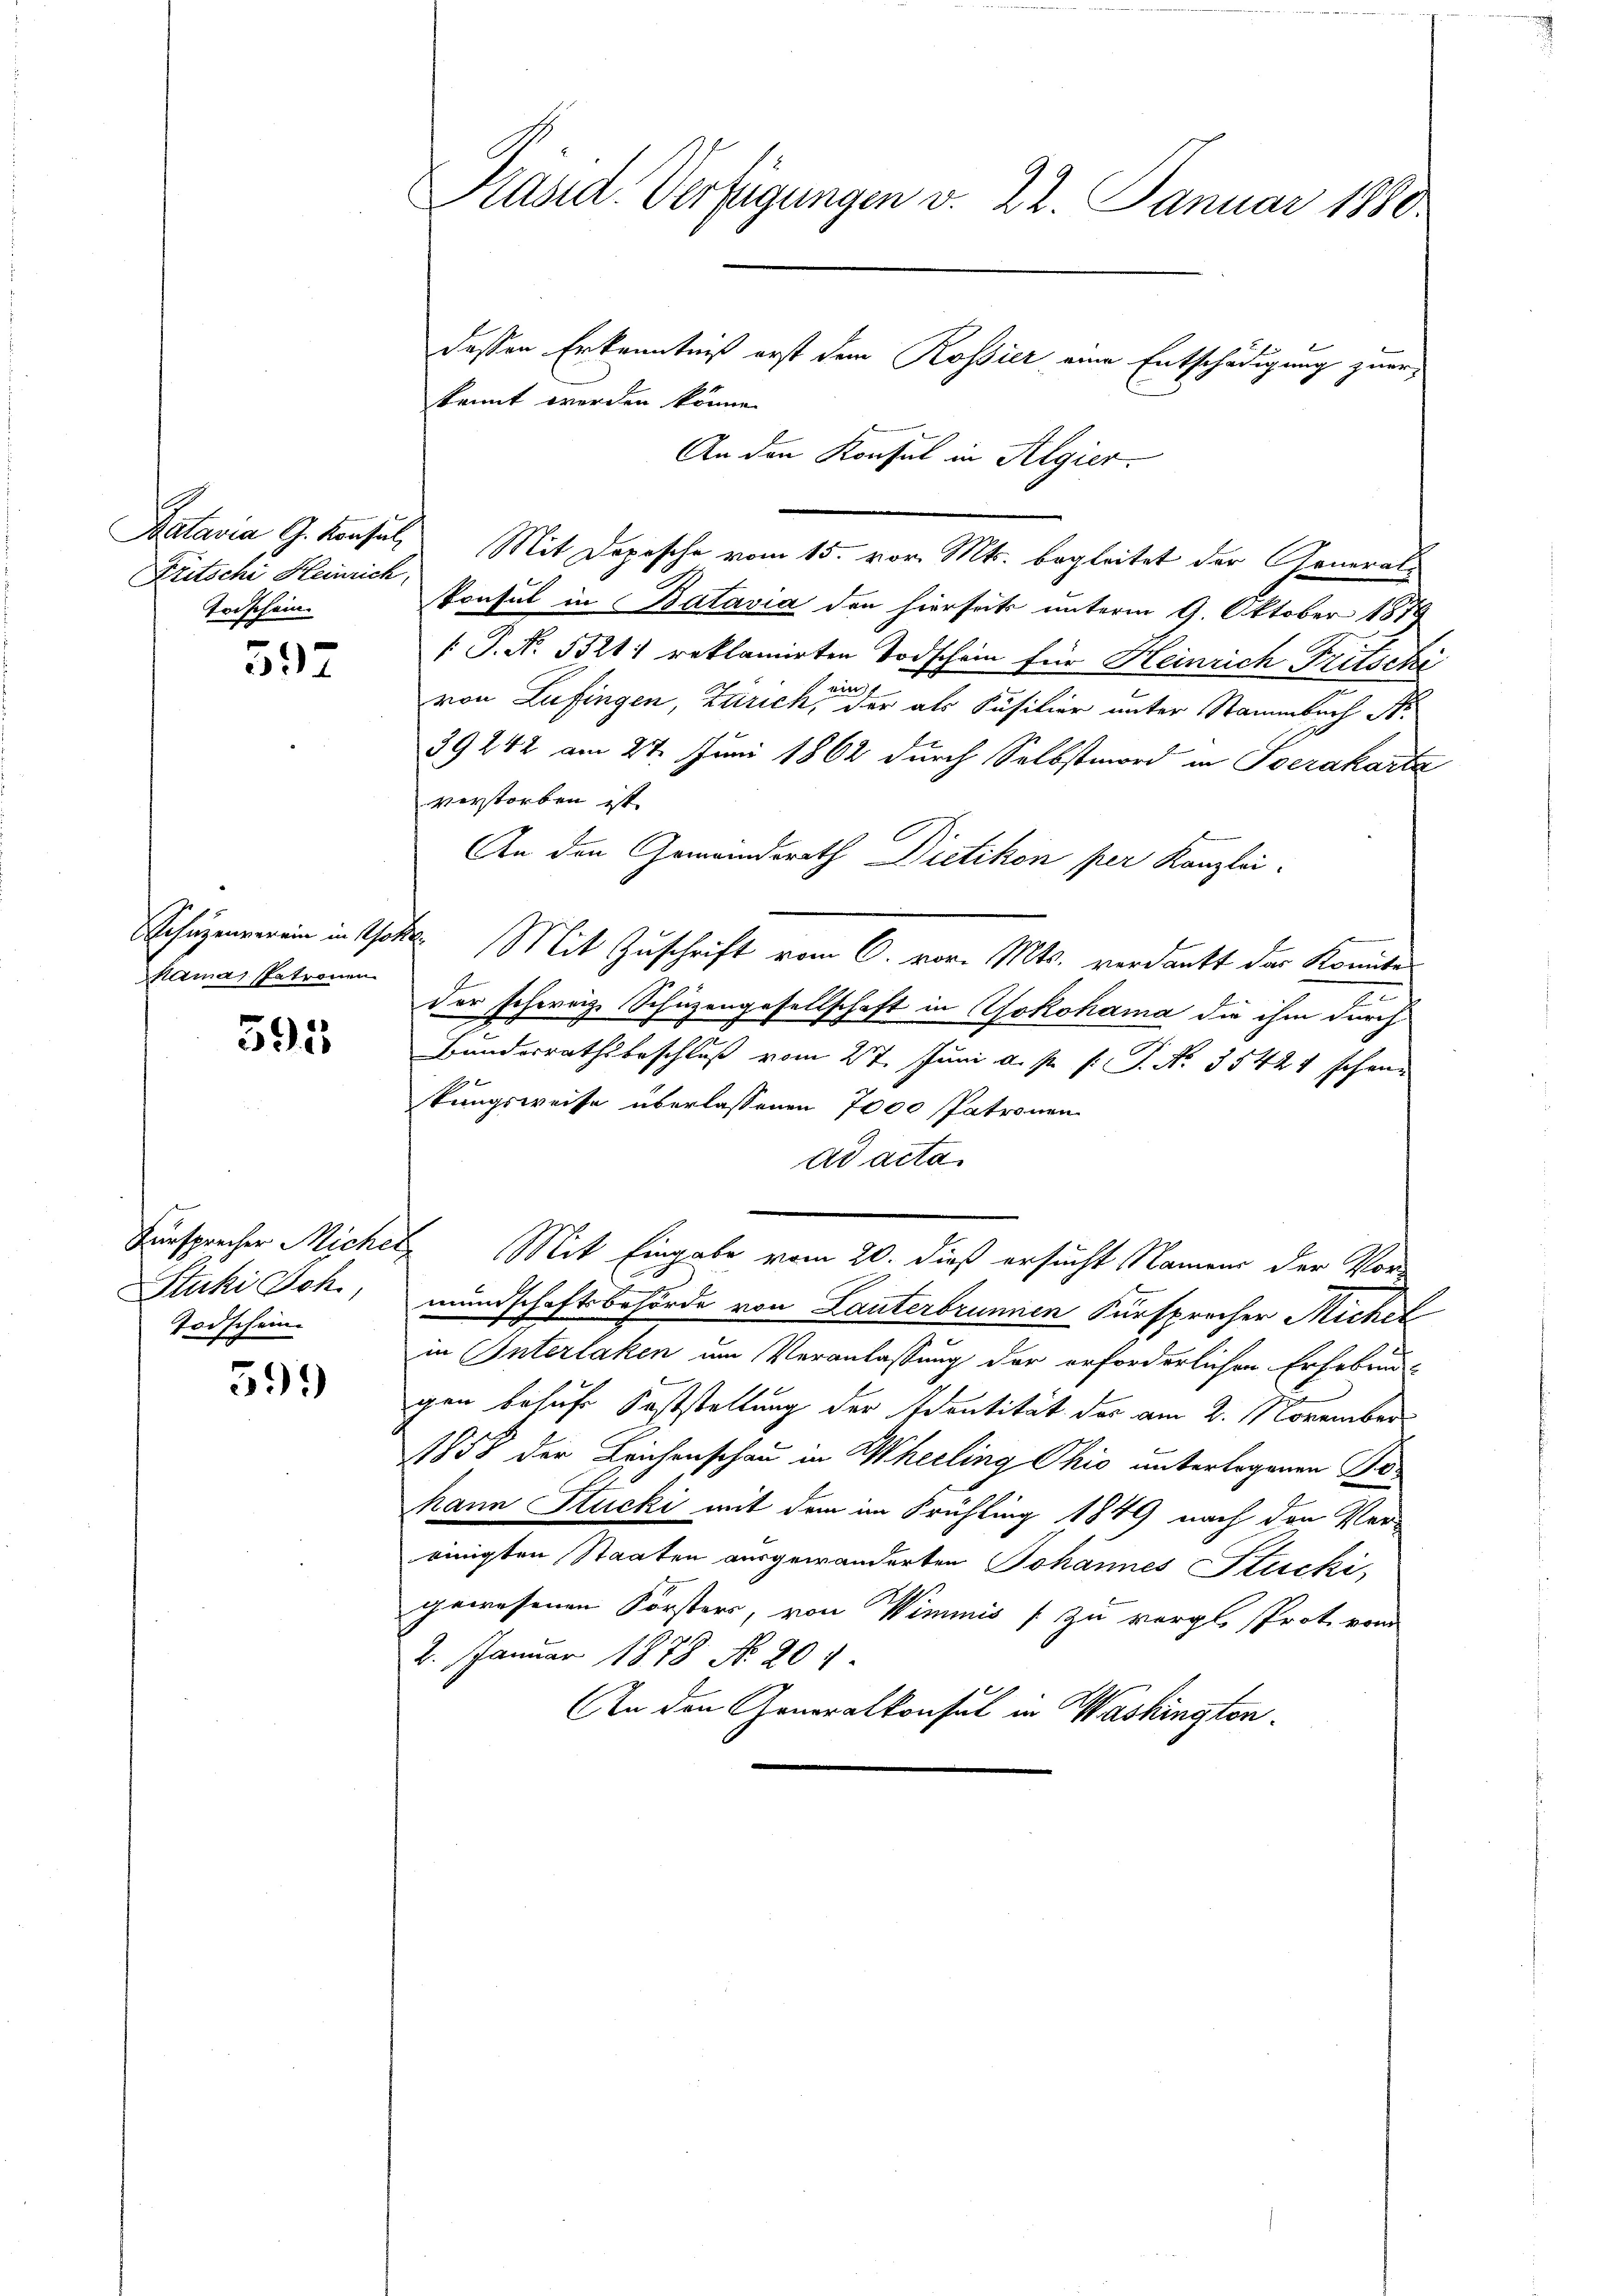
Fritschi Heinrich
Todschein

52

Mamas Patronen

591

Stuki Boh
Todschein.

599)

Präsid. Verfügungen v. 22. Januar 1880.

dessen Erkenntniß erst dem Rossier eine Entschädigung zuerkannt worden könne.
An den Konsul in Algier.
Batavia G. Konsul, Mit Depesche vom 15. vor. Mts. begleitet der Generalkonsul in Batavia den hierseits unterm 9. Oktober 1879
[ P. No. 5521: reklamirten Todschein für Heinrich Fritsche
ein
von Lufingen, Zürich, der als Füsilier unter Stammbach A
39 242 am 27. Juni 1862 durch Selbstmord in Socrakarta
verstorben ist.
An den Gemeindsrath Dietikon per Kanzlei-
Schüzenverein in That. Mit Zuschrift vom 6. vor. Mts. verdankt der Komite
4
der schweiz. Schüzengesellschaft in Jokohama die ihm durch
Bunderrathsbeschluß vom 27. Juni a. p. f. P. Nr. 35421 schöne
kungsweise überlassenen 7000 Patronen
ad acta
Fürsprecher Micher Mit Eingabe vom 20. dieß ersucht Namens der Vormundschaftsbehörde von Lanterbrunnen Fürsprecher Michel
in Interlaken um Veranlassung der erforderlichen Erhebend-
gen besuche Feststellung der Identität des am 2. November
1858 der Leichenschau in Wherling Ohio unterlegenen Gehann Stucki mit dem im Frühling 1849 nach den Ver-
einigten Staaten ausgewanderten Johannes Stucki
gewesenen Forsters, von Wimmiss zu vergl. Prote vom
2. Januar 1878 No. 204
An den Generalkonsul in Washingten.